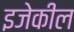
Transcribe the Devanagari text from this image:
इजेकील